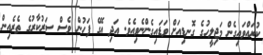
ކުރައްވައިގެން މަޖިލީހުގެ ގޮނޑިއަށް ވަޑައިގެންނެވިއެވެ. އަދި އޭގެ ފަހުން ވެސް ސަރުކާރުގެ ތެރެއިން